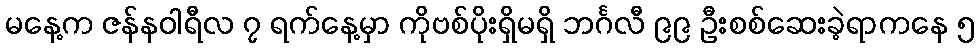
မနေ့က ဇန်နဝါရီလ ၇ ရက်နေ့မှာ ကိုဗစ်ပိုးရှိမရှိ ဘင်္ဂလီ ၉၉ ဦးစစ်ဆေးခဲ့ရာကနေ ၅